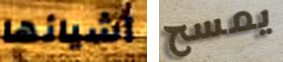
أشيائها يمسح